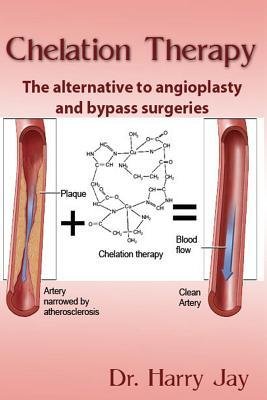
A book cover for [ CHELATION THERAPY: THE ALTERNATIVE TO ANGIOPLASTY AND BYPASS SURGERIES ] By Jay, Dr Harry ( Author) 2014 [ Paperback ]; Health, Fitness & Dieting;